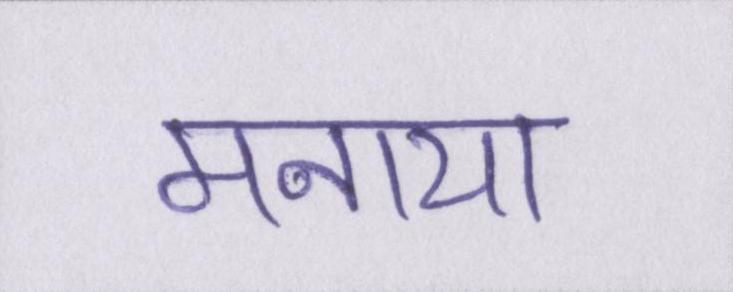
मनाया